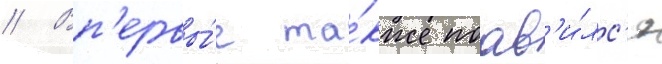
// Вп'ервы́е та́кже поав'и́лс'я